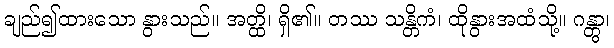
ချည်၍ထားသော နွားသည်။ အတ္ထိ၊ ရှိ၏။ တဿ သန္တိကံ၊ ထိုနွားအထံသို့။ ဂန္တွာ၊